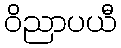
ဝိညာပယီ